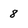
Character: 8